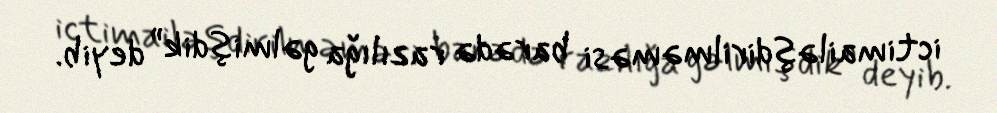
ictimailəşdirilməməsi barədə razılığa gəlmişdik” deyib.